Sanitation, dispensaries and jails vaccination Rajputana 1922-1927 - 1922-1927
Year: 1922
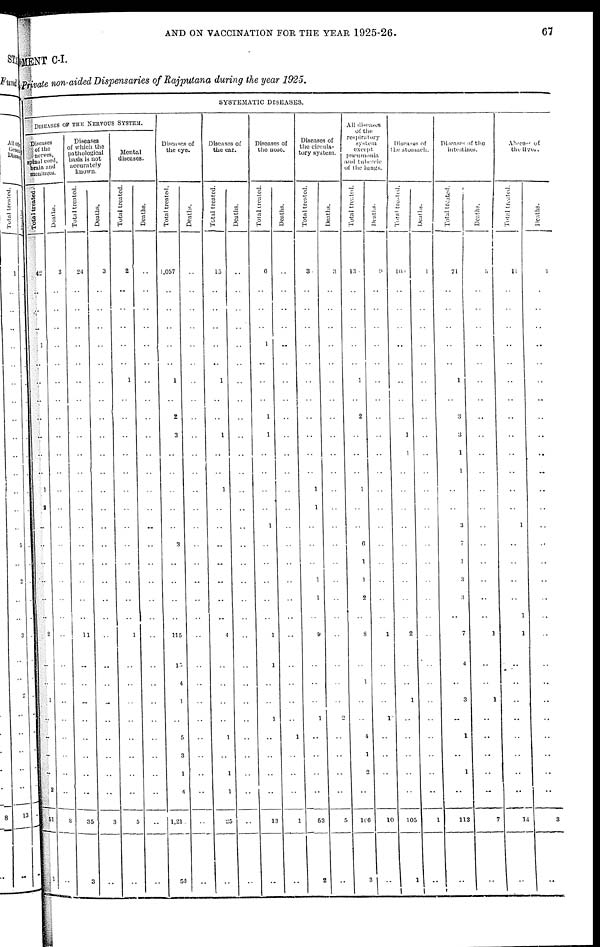
AND ON VACCINATION FOR THE YEAR 1925-26.
67
MENT C-I.
Private non-aided Dispensaries of Rajputana during the year 1925.
SYSTEMATIC DISEASES.
DISEASES OF THE NERVOUS SYSTEM.
Diseases
of the
nerves,
spinal cord,
brain and
meninges.
Total treated.
42
..
..
..
1
..
..
..
..
..
..
..
1
2
..
..
..
..
..
..
2
..
..
1
..
..
..
..
2
51
1
Deaths.
3
..
..
..
..
..
..
..
..
..
..
..
..
..
..
..
..
..
..
..
..
..
..
..
..
..
..
..
..
3
..
Diseases
of which the
pathological
basis is not
accurately
known.
Total treated.
24
..
..
..
..
..
..
..
..
..
..
..
..
..
..
..
..
..
..
..
11
..
..
..
..
..
..
..
..
35
3
Deaths.
3
..
..
..
..
..
..
..
..
..
..
..
..
..
..
..
..
..
..
..
..
..
..
..
..
..
..
..
..
3
..
Mental
diseases.
Total treated.
2
..
..
..
..
..
1
..
..
..
..
..
..
..
..
..
..
..
..
..
1
..
..
..
..
..
..
..
..
5
..
Deaths.
..
..
..
..
..
..
..
..
..
..
..
..
..
..
..
..
..
..
..
..
..
..
..
..
..
..
..
..
..
..
..
Diseases of
the eye.
Total treated.
1,057
..
..
..
..
..
1
..
2
3
..
..
..
..
..
3
..
..
..
..
115
13
4
1
..
5
3
1
4
1,21
55
Deaths.
..
..
..
..
..
..
..
..
..
..
..
..
..
..
..
..
..
..
..
..
..
..
..
..
..
..
..
..
..
..
..
Diseases of
the ear.
Total treated.
15
..
..
..
..
..
1
..
..
1
..
..
1
..
..
..
..
..
..
..
4
..
..
..
..
1
..
1
1
25
..
Deaths.
..
..
..
..
..
..
..
..
..
..
..
..
..
..
..
..
..
..
..
..
..
..
..
..
..
..
..
..
..
..
..
Diseases of
the nose.
Total treated.
6
..
..
..
1
..
..
..
1
1
..
..
..
..
1
..
..
..
..
..
1
1
..
..
1
..
..
..
..
13
..
Deaths.
..
..
..
..
..
..
..
..
..
..
..
..
..
..
..
..
..
..
..
..
..
..
..
..
..
1
..
..
..
1
..
Diseases of
the circula-
tory system.
Total treated.
3
..
..
..
..
..
..
..
..
..
..
..
1
1
..
..
..
1
1
..
9
..
..
..
1
..
..
..
..
53
2
Deaths.
3
..
..
..
..
..
..
..
..
..
..
..
..
..
..
..
..
..
..
..
..
..
..
..
2
..
..
..
..
5
..
All diseases
of the
respiratory
system
except
pneumonia
and
tubercle
of the lungs.
Total treated.
13
..
..
..
..
..
1
..
2
..
..
..
1
..
..
6
1
1
2
..
8
..
1
..
..
4
1
2
..
166
3
Deaths.
9
..
..
..
..
..
..
..
..
..
..
..
..
..
..
..
..
..
..
..
1
..
..
..
1
..
..
..
..
10
..
Diseases of
the stomach.
Total treated.
100
..
..
..
..
..
..
..
..
1
1
..
..
..
..
..
..
..
..
..
2
..
..
1
..
..
..
..
..
105
1
Deaths.
1
..
..
..
..
..
..
..
..
..
..
..
..
..
..
..
..
..
..
..
..
..
..
..
..
..
..
..
..
1
..
Diseases
of the
intestines.
Total treated.
71
..
..
..
..
..
1
..
3
3
1
1
..
..
3
7
1
3
3
..
7
4
..
3
..
1
..
1
..
113
..
Deaths.
5
..
..
..
..
..
..
..
..
..
..
..
..
..
..
..
..
..
..
..
1
..
..
1
..
..
..
..
..
7
..
Abscess of
the
liver.
Total treated.
11
..
..
..
..
..
..
..
..
..
..
..
..
..
1
..
..
..
..
1
1
..
..
..
..
..
..
..
..
14
..
Deaths.
3
..
..
..
..
..
..
..
..
..
..
..
..
..
..
..
..
..
..
..
..
..
..
..
..
..
..
..
..
3
..